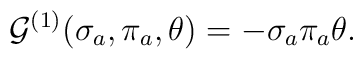
{\cal G}^{(1)}(\sigma_a,\pi_a,\theta) = - \sigma_a\pi_a\theta.